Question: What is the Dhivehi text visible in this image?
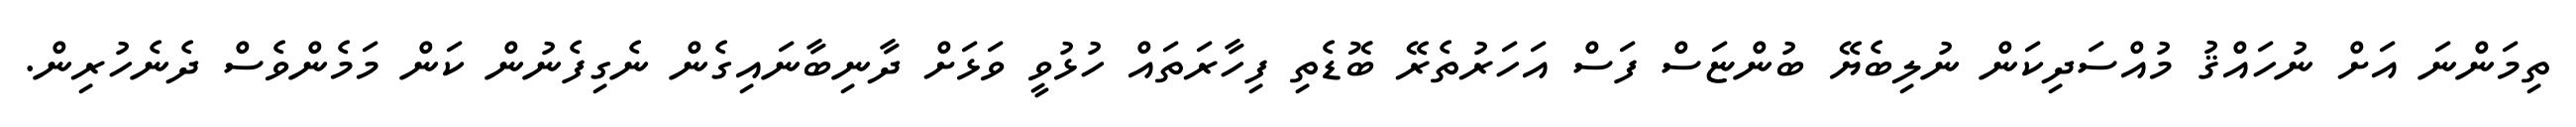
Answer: ތިމަންނަ އަށް ނުހައްޤު މުއްސަދިކަން ނުލިބެޔޭ ބުންޏަސް ފަސް އަހަރުތެރޭ ބޮޑެތި ފިހާރަތައް ހުޅުވީ ވަޅަށް ދާނިބާނައިގެން ނެގިފެނުން ކަން މަމެންވެސް ދެނެހުރިން.